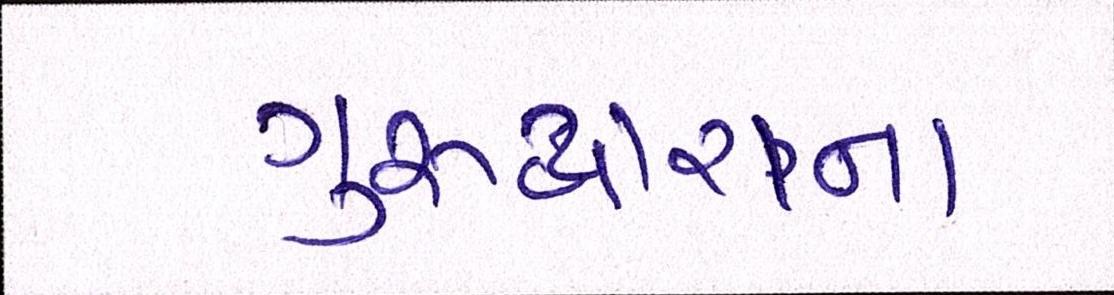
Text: ગુરુદ્વારાનાં